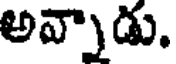
అవ్నాడు.